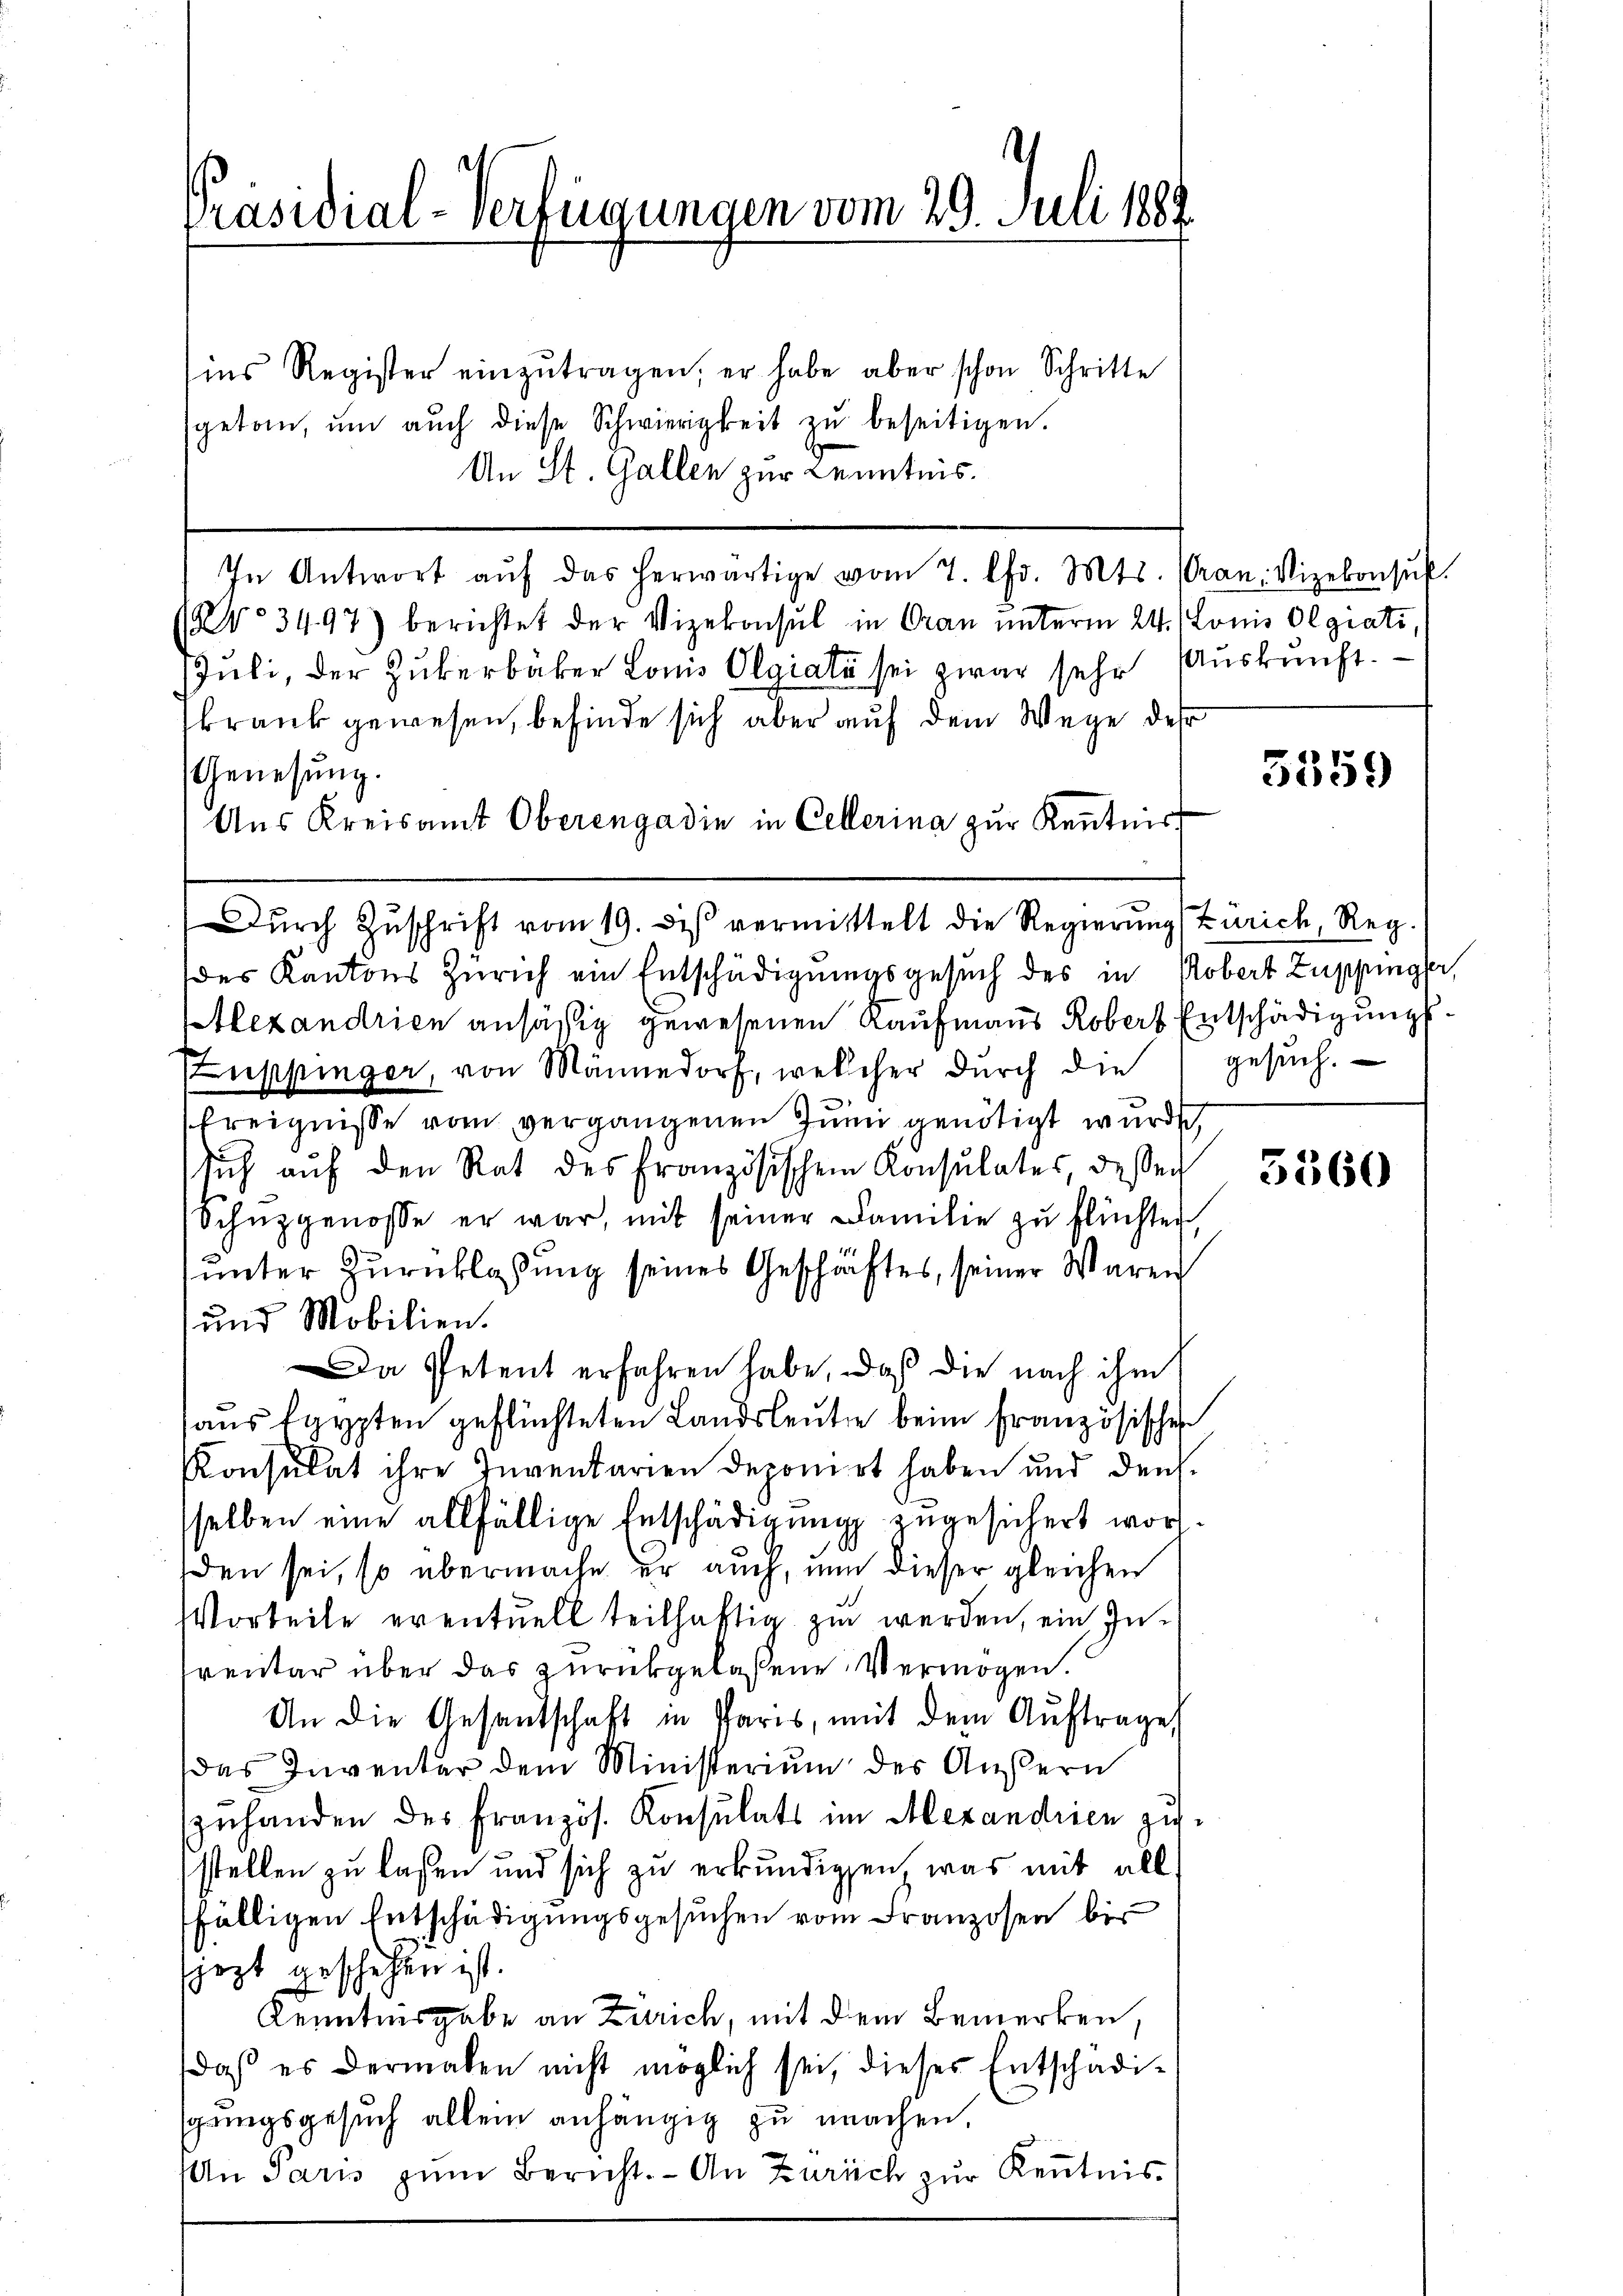
Präsidial-Verfügungen vom 29. Juli 1889

ins Register einzŭtragen, er habe aber schon Schritte
sgetan, ŭm aŭch diese Schwierigkeit zŭ beseitigen.
An St. Gallen zur Kenntnis.
In Antwort aŭf das herwärtige vom 7. Chr. Mts. (Gran. Vizekonsŭf.
No. 3497) berichtet der Vizekonsul in Oran unterm 24. Louis Olgiati
JJuli, der Zukerbäcker Louis Olgiali sei zwar sehr Auskunft.
krank gewesen, befinde sich aber auf dem Wege des
Genesung.
Aus Kreisamt Oberengadin in Cellerina zur Kenntnis

des Kantons Zürich ein Entschädigungsgesuch des in Robert Zuppinger,
tlexandrien ansäßig gewesenen Kaufmanns Robert Entschädigungs¬
Zuppinger, von Männedorf, welcher durch die
Ereignisse vom vergangenen Juni genötigt wurde,
sich aŭf den Rat des Französischen Konsulates, dessen
Schüzgenosse er war, mit seiner Familie zu blüchter
unter Zurücklassung seines Geschäftes, seiner Waren
und Mobilien.
Da Petent erfahren habe, daß die nach ihm
aus Egypten geflüchteten Landsleute beim französischen
Konsulat ihre Inventarien deponirt haben und den
sselben eine allfällige Entschädigung zugesichert worden sei, so übermache er auch, nun dieser gleichen
Vorteile eventuell teilhaftig zu werden, ein Inrentar über das zurückgelassene Vermögen.
An die Gesandschaft in Paris, mit dem Aŭftrage,
das Inventar dem Ministerium des Äußern
zuhanden des Französ. Konsulats im Alexandrien zustellen zu laßen und sich zu erkundigen, was mit all
fälligen Entschädigungsgesuchen vom Franzosen bis
sjezt geschehen ist.
Kenntnisgabe an Zürich, mit dem Bemerken,
daß es dermalen nicht möglich sei, dieses Entschädispringsgesuch allein anhängig zu machen.
An Paris zum Bericht. - An Zürich zur Kenntnis

Dŭrch Zŭschrift vom 19. des vermittelt die Regierŭng Zürich, Reg.

5359

gesuch.

5560